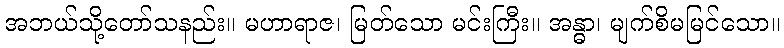
အဘယ်သို့တော်သနည်း။ မဟာရာဇ၊ မြတ်သော မင်းကြီး။ အန္ဓာ၊ မျက်စိမမြင်သော။